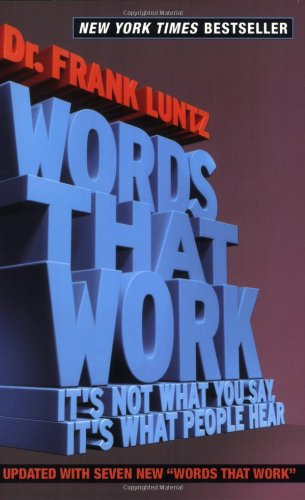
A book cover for Words That Work: It's Not What You Say, It's What People Hear; Frank I. Luntz; Politics & Social Sciences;